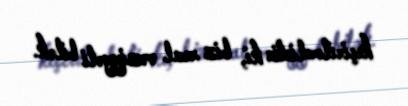
keçirilməlidir ki, biz real vəziyyəti bilək.